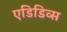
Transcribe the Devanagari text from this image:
एडिडिव्स